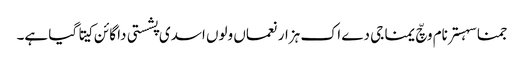
جمنا سہستر نام وچّ یمنا جی دے اک ہزار نعماں ولوں اسدی پشستی دا گائن کیتا گیا ہے۔